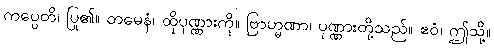
ကပ္ပေတိ၊ ပြု၏။ တမေနံ၊ ထိုပုဏ္ဏားကို။ ဗြာဟ္မဏာ၊ ပုဏ္ဏားတို့သည်။ ဧဝံ၊ ဤသို့။